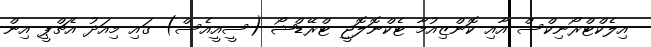
އިލެކްޓްރޯނިކްސް އާއި ކޮންޒިއުމާ ޓެކްނޮލޮޖީ ޓްރޭޑްޝޯ (ސީއީއެސް) ގައި މިއަދު އެޗްޕީ އިން